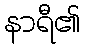
နာရီ၏